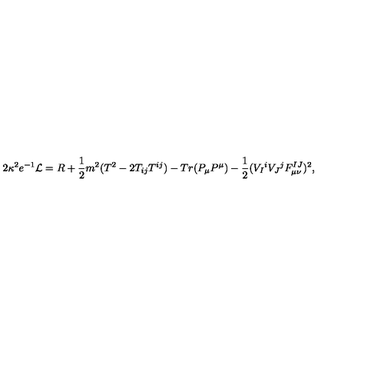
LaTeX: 2 \kappa ^ { 2 } e ^ { - 1 } { \cal L } = R + { \frac { 1 } { 2 } } m ^ { 2 } ( T ^ { 2 } - 2 T _ { i j } T ^ { i j } ) - T r ( P _ { \mu } P ^ { \mu } ) - { \frac { 1 } { 2 } } ( V _ { I } { } ^ { i } V _ { J } { } ^ { j } F _ { \mu \nu } ^ { I J } ) ^ { 2 } ,